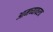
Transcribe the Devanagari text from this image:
आमच्यावरच